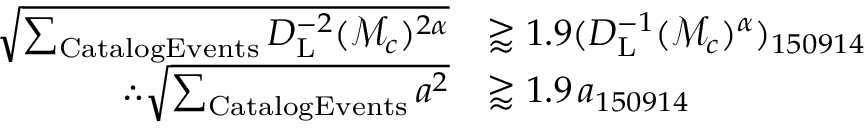
\begin{array} { r l } { \sqrt { \sum _ { \mathrm { { C a t a l o g E v e n t s } } } D _ { \mathrm { L } } ^ { - 2 } ( \mathcal { M } _ { c } ) ^ { 2 \alpha } } } & { \gtrapprox 1 . 9 ( D _ { \mathrm { { L } } } ^ { - 1 } ( \mathcal { M } _ { c } ) ^ { \alpha } ) _ { 1 5 0 9 1 4 } } \\ { \therefore \sqrt { \sum _ { \mathrm { C a t a l o g E v e n t s } } a ^ { 2 } } } & { \gtrapprox 1 . 9 \, a _ { 1 5 0 9 1 4 } } \end{array}